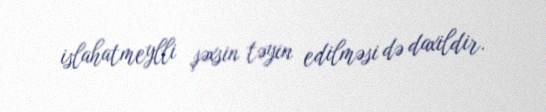
islahatmeylli şəxsin təyin edilməsi də daxildir.